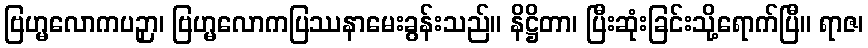
ဗြဟ္မလောကပဉှာ၊ ဗြဟ္မလောကပြဿနာမေးခွန်းသည်။ နိဋ္ဌိတာ၊ ပြီးဆုံးခြင်းသို့ရောက်ပြီ။ ရာဇ၊